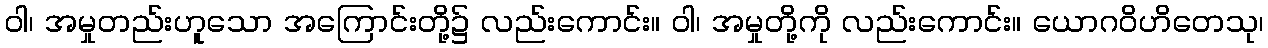
ဝါ၊ အမှုတည်းဟူသော အကြောင်းတို့၌ လည်းကောင်း။ ဝါ၊ အမှုတို့ကို လည်းကောင်း။ ယောဂဝိဟိတေသု၊